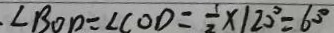
\angle B O D = \angle C O D = \frac { 1 } { 2 } \times 1 2 0 ^ { \circ } = 6 0 ^ { \circ }